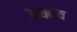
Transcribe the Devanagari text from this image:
अयवय